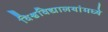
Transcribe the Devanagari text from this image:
विश्वविद्यालयांमध्ये